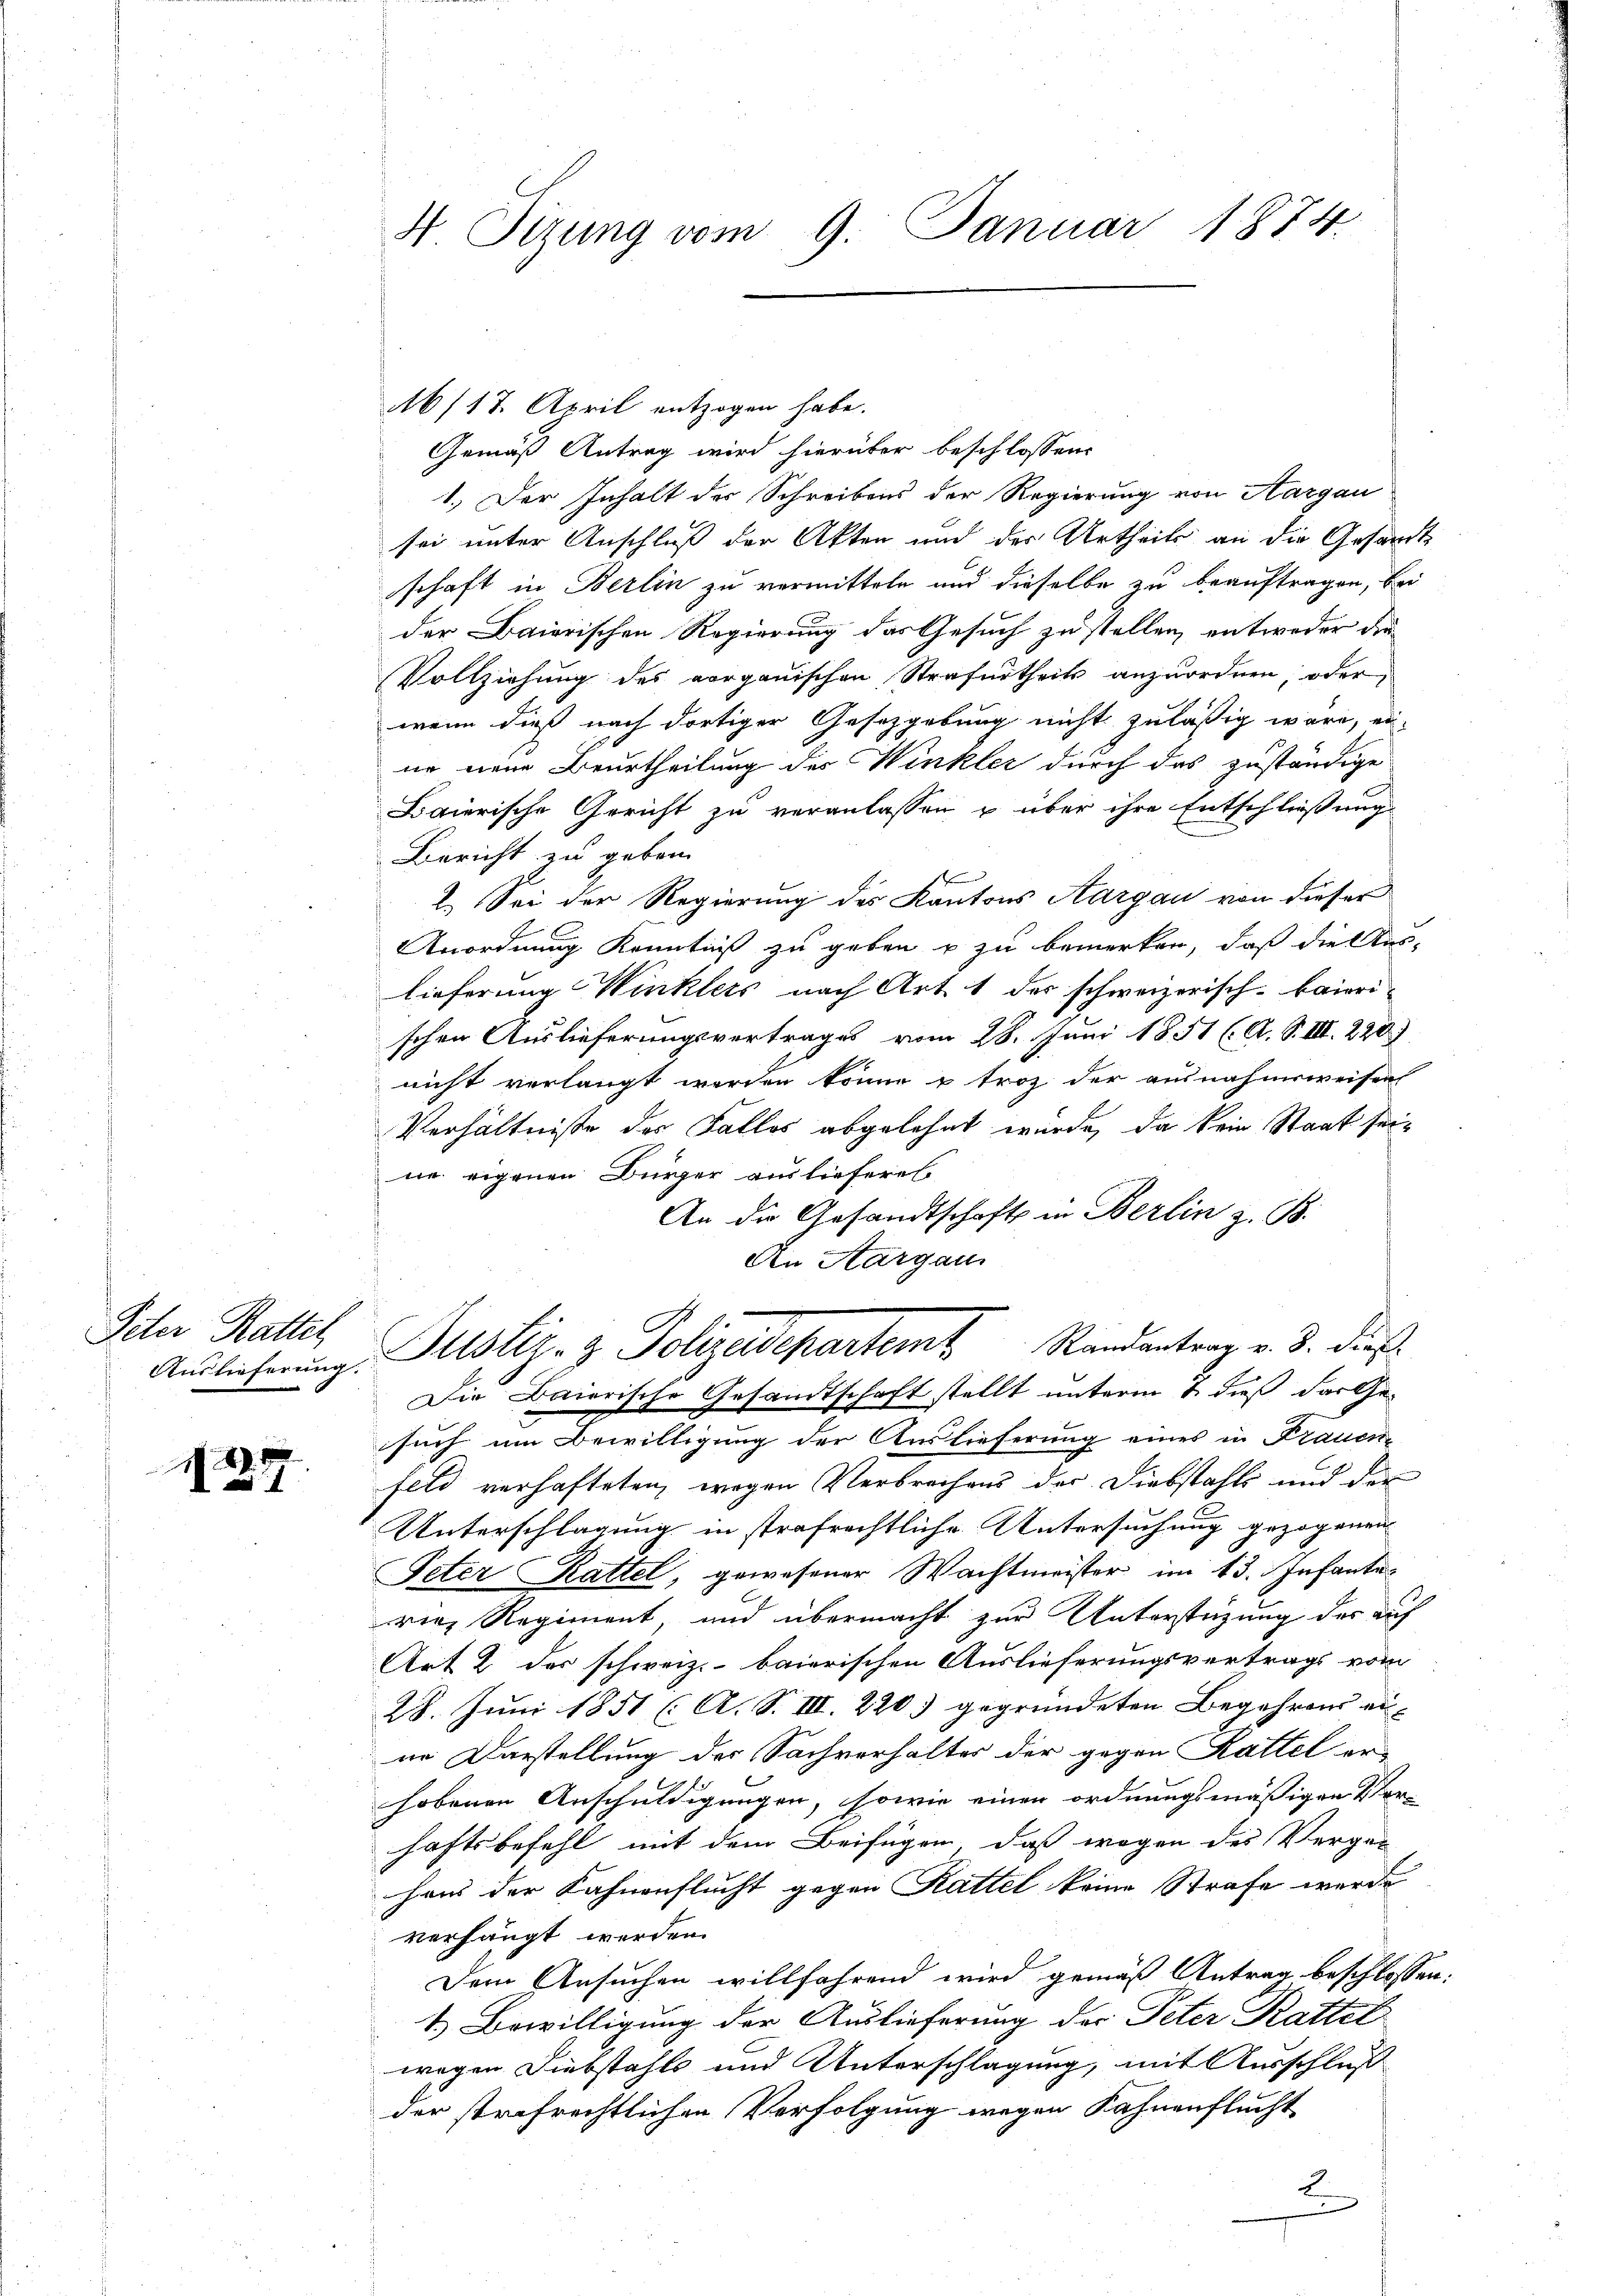
Idter Rattet
Auslieferung.

1277

4 Tizung vom 9. Januar 1874.

A6/17. April entzogen habe.
Gemäß Antrag wird hierüber beschlossen:
1.) Der Inhalt der Schreibens der Regierung von Aargau
sei unter Anschluß der Akten und des Urtheils an die Gesandtschaft in Berlin zu vermitteln und dieselbe zu beauftragen, bei
der Baierischen Regierung das Gesuch zu stellen, entweder die
Vollziehung des vorganischen Strafurtheils anzuordnen oder,
wenn dieß nach dortiger Gesetzgebung nicht zulässig wäre, ei-
ne neue Beurtheilung des Winkler durch das zuständige
Baierische Gericht zu veranlassen u über ihre Entschließung
Bericht zu geben.
2. Sei der Regierung des Kantons Aargau von dieser
Anordnung Kenntniß zu geben u zu bemerken, daß die Aus-
lieferung Winklers nach Art. 1 der schweizerisch-baierischen Auslieferungsvertrages vom 28. Juni 1851 (A. S. III. 220)
nicht verlangt werden könne & troz der ausnahmsweisen
Verhältniße des Falles abgelehnt wurde, da kein Staat seine eigenen Bürger auslieferen
An die Gesandtschaft in Berlin z. B.
An Aargau
Justiz- & Polizeidepartemt Standentrag v. 3. dieß
Die Baierische Gesandtschaft stellt unterm 2. dieß das Gesuch um Bewilligung der Auslieferung eines in Frauen-
feld verhafteten, wegen Verbrechens der Diebstahls und der
Unterschlagung in strafrechtliche Untersuchung gezogenen
Peter Rattel, gewesener Wachtmeister im 13. Infante
vinz Regiment und übermacht zur Unterstüzung der auf
Art 2 des schweiz. baierischen Auslieferungsvertrags vom
28. Juni 1851 (A. S. III. 220) gegründeten Begehrens ein-
in Darstellung der Sachverhalter der gegen Kattel erhobenen Anschuldigungen, sowie einen ordnungsmäßigen Vor-
haftsbefehl mit dem Beifügen, daß wegen des Vergen
haus der Fahnenflucht gegen Rattel keine Strafe werde
verhängt werden.
Dem Ansuchen willfährend wird gemäß Antrag beschlossen:
1.) Bewilligung der Auslieferung der Peter Rattet
wegen Diebstahls und Unterschlagung, mit Ausschluß
der strafrechtlichen Verfolgung wegen Kahnenflucht
2
.